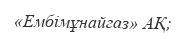
«Ембімұнайгаз» АҚ;